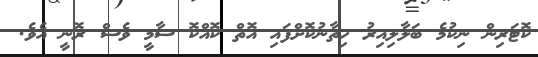
ކޮޓަރިން ނިކުމެ ބަލާލިއިރު ހިތާނުކޮށްފައި އޮތް ކޮއްކޮ ސާމީ ވެސް ރޮނީ އެވެ.